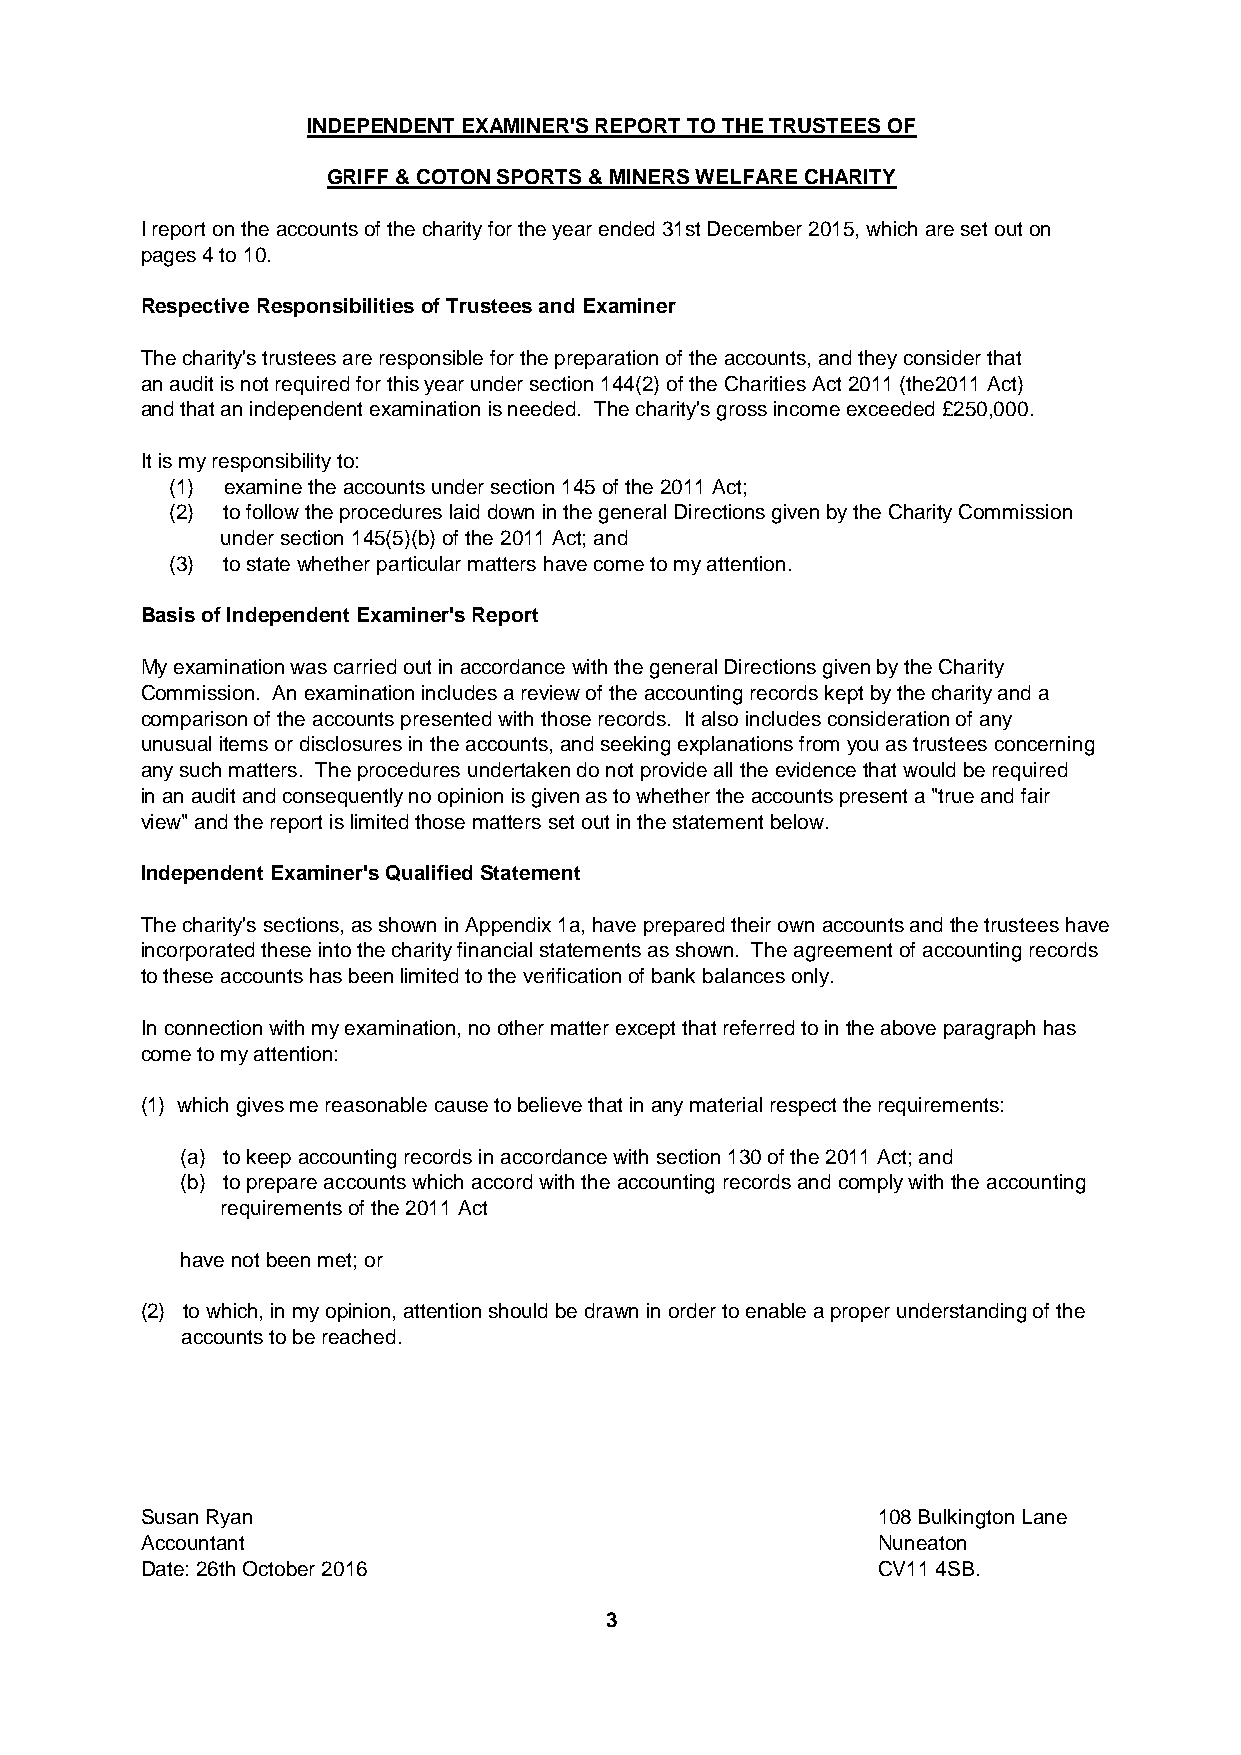
INDEPENDENT EXAMINER'S REPORT TO THE TRUSTEES OF
 GRIFF & COTON SPORTS & MINERS WELFARE CHARITY
 I report on the accounts of the charity for the year ended 31st December 2015, which are set out on
 pages 4 to 10.
 Respective Responsibilities of Trustees and Examiner
 The charity's trustees are responsible for the preparation of the accounts, and they consider that
 an audit is not required for this year under section 144(2) of the Charities Act 2011 (the2011 Act)
 and that an independent examination is needed. The charity's gross income exceeded £250,000.
 It is my responsibility to:
 (1) examine the accounts under section 145 of the 2011 Act;
 (2) to follow the procedures laid down in the general Directions given by the Charity Commission
 under section 145(5)(b) of the 2011 Act; and
 (3) to state whether particular matters have come to my attention.
 Basis of Independent Examiner's Report
 My examination was carried out in accordance with the general Directions given by the Charity
 Commission. An examination includes a review of the accounting records kept by the charity and a
 comparison of the accounts presented with those records. It also includes consideration of any
 unusual items or disclosures in the accounts, and seeking explanations from you as trustees concerning
 any such matters. The procedures undertaken do not provide all the evidence that would be required
 in an audit and consequently no opinion is given as to whether the accounts present a "true and fair
 view" and the report is limited those matters set out in the statement below.
 Independent Examiner's Qualified Statement
 The charity's sections, as shown in Appendix 1a, have prepared their own accounts and the trustees have
 incorporated these into the charity financial statements as shown. The agreement of accounting records
 to these accounts has been limited to the verification of bank balances only.
 In connection with my examination, no other matter except that referred to in the above paragraph has
 come to my attention:
 (1) which gives me reasonable cause to believe that in any material respect the requirements:
 (a) to keep accounting records in accordance with section 130 of the 2011 Act; and
 (b) to prepare accounts which accord with the accounting records and comply with the accounting
 requirements of the 2011 Act
 have not been met; or
 (2) to which, in my opinion, attention should be drawn in order to enable a proper understanding of the
 accounts to be reached.
 Susan Ryan                                       108 Bulkington Lane
 Accountant                                       Nuneaton
 Date: 26th October 2016                          CV11 4SB.
 3